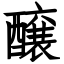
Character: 醸